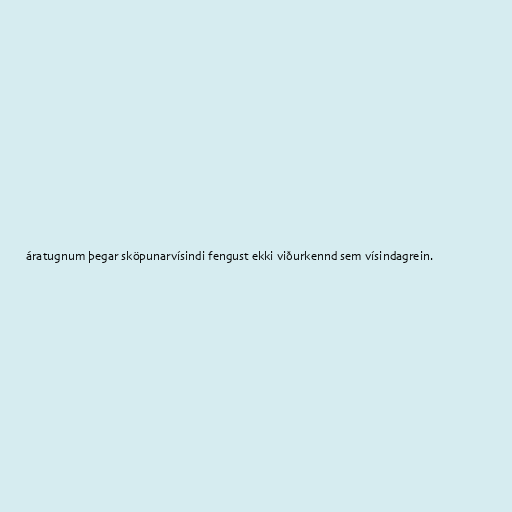
áratugnum þegar sköpunarvísindi fengust ekki viðurkennd sem vísindagrein.